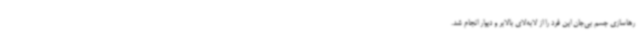
رهاسازی جسم بی‌جان این فرد را از لابه‌لای بالابر و دیوار انجام شد.